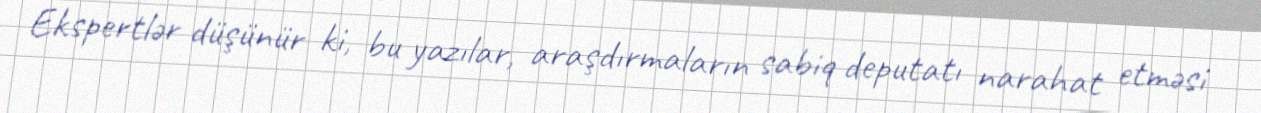
Ekspertlər düşünür ki, bu yazılar, araşdırmaların sabiq deputatı narahat etməsi